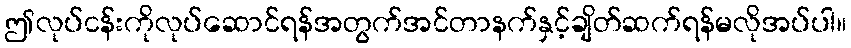
ဤလုပ်ငန်းကိုလုပ်ဆောင်ရန်အတွက်အင်တာနက်နှင့်ချိတ်ဆက်ရန်မလိုအပ်ပါ။